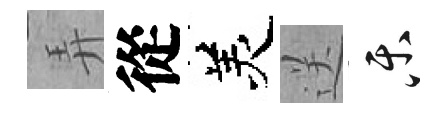
弄從羙送乐